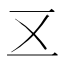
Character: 𠄡